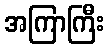
အကြာကြီး